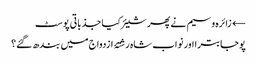
← زائرہ وسیم نے پھر شیئر کیا جذباتی پوسٹ
پوجا بترا اور نواب شاہ رشتۂ ازدواج میں بندھ گئے؟